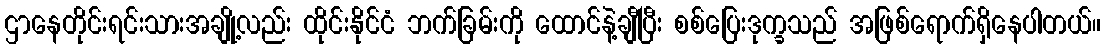
ဌာနေတိုင်းရင်းသားအချို့လည်း ထိုင်းနိုင်ငံ ဘက်ခြမ်းကို ထောင်နဲ့ချီပြီး စစ်ပြေးဒုက္ခသည် အဖြစ်ရောက်ရှိနေပါတယ်။